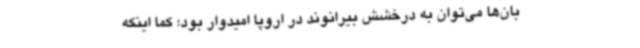
‌بان‌ها می‌توان به درخشش بیرانوند در اروپا امیدوار بود؛ کما اینکه